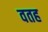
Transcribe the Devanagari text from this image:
वतह